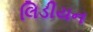
લિડીયન